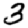
Digit: 3